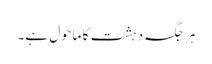
ہرجگہ دہشت کا ماحول ہے۔